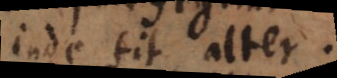
inde fit alter.